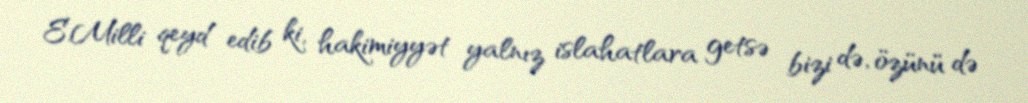
E.Milli qeyd edib ki, hakimiyyət yalnız islahatlara getsə bizi də, özünü də